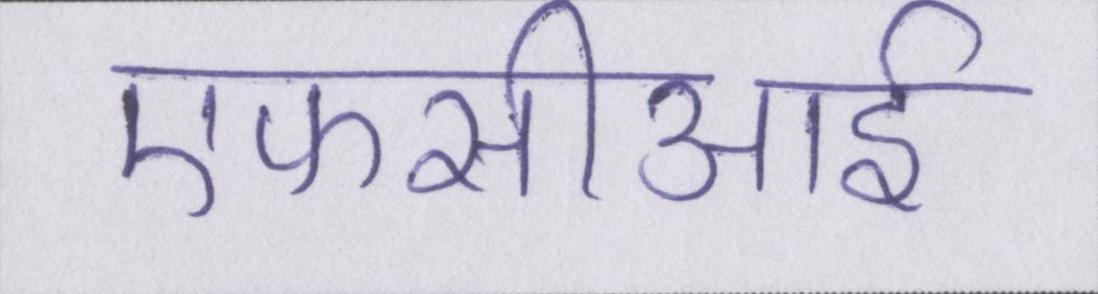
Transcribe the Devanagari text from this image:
एफसीआई